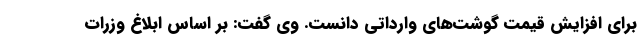
برای افزایش قیمت گوشت‌های وارداتی دانست. وی گفت: بر اساس ابلاغ وزرات